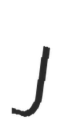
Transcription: J